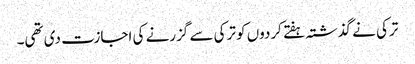
ترکی نے گذشتہ ہفتے کردوں کو ترکی سے گزرنے کی اجازت دی تھی۔